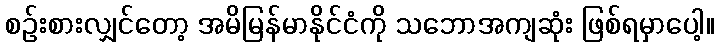
စဉ်းစားလျှင်တော့ အမိမြန်မာနိုင်ငံကို သဘောအကျဆုံး ဖြစ်ရမှာပေါ့။